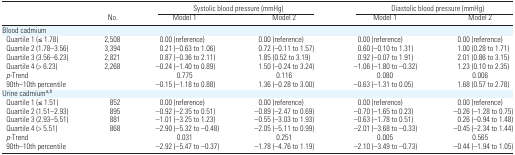
<table><thead><tr><td></td><td></td><td colspan="2"><b>Systolic blood pressure (mmHg)</b></td><td colspan="2"><b>Diastolic blood pressure (mmHg)</b></td></tr><tr><td></td><td><b>No.</b></td><td><b>Model 1</b></td><td><b>Model 2</b></td><td><b>Model 1</b></td><td><b>Model 2</b></td></tr></thead><tbody><tr><td colspan="6">Blood cadmium</td></tr><tr><td> Quartile 1 (≤ 1.78)</td><td>2,508</td><td>0.00 (reference)</td><td>0.00 (reference)</td><td>0.00 (reference)</td><td>0.00 (reference)</td></tr><tr><td> Quartile 2 (1.78–3.56)</td><td>3,394</td><td>0.21 (−0.63 to 1.06)</td><td>0.72 (−0.11 to 1.57)</td><td>0.60 (−0.10 to 1.31)</td><td>1.00 (0.28 to 1.71)</td></tr><tr><td> Quartile 3 (3.56–6.23)</td><td>2,821</td><td>0.87 (−0.36 to 2.11)</td><td>1.85 (0.52 to 3.19)</td><td>0.92 (−0.07 to 1.91)</td><td>2.01 (0.86 to 3.15)</td></tr><tr><td> Quartile 4 (&gt; 6.23)</td><td>2,268</td><td>−0.24 (−1.40 to 0.89)</td><td>1.50 (−0.24 to 3.24)</td><td>−1.06 (−1.80 to −0.32)</td><td>1.23 (0.10 to 2.35)</td></tr><tr><td> <i>p-</i>Trend</td><td></td><td>0.775</td><td>0.116</td><td>0.080</td><td>0.006</td></tr><tr><td> 90th–10th percentile</td><td></td><td>−0.15 (−1.18 to 0.88)</td><td>1.36 (−0.28 to 3.00)</td><td>−0.63 (−1.31 to 0.05)</td><td>1.68 (0.57 to 2.78)</td></tr><tr><td colspan="6">Urine cadmiuma,b</td></tr><tr><td> Quartile 1 (≤ 1.51)</td><td>852</td><td>0.00 (reference)</td><td>0.00 (reference)</td><td>0.00 (reference)</td><td>0.00 (reference)</td></tr><tr><td> Quartile 2 (1.51–2.93)</td><td>895</td><td>−0.92 (−2.35 to 0.51)</td><td>−0.89 (−2.47 to 0.69)</td><td>−0.70 (−1.65 to 0.23)</td><td>−0.26 (−1.28 to 0.75)</td></tr><tr><td> Quartile 3 (2.93–5.51)</td><td>881</td><td>−1.01 (−3.25 to 1.23)</td><td>−0.55 (−3.03 to 1.93)</td><td>−0.63 (−1.78 to 0.51)</td><td>0.26 (−0.94 to 1.48)</td></tr><tr><td> Quartile 4 (&gt; 5.51)</td><td>868</td><td>−2.90 (−5.32 to −0.48)</td><td>−2.05 (−5.11 to 0.99)</td><td>−2.01 (−3.68 to −0.33)</td><td>−0.45 (−2.34 to 1.44)</td></tr><tr><td> <i>p-</i>Trend</td><td></td><td>0.031</td><td>0.251</td><td>0.005</td><td>0.565</td></tr><tr><td> 90th–10th percentile</td><td></td><td>−2.92 (−5.47 to −0.37)</td><td>−1.78 (−4.76 to 1.19)</td><td>−2.10 (−3.49 to −0.73)</td><td>−0.44 (−1.94 to 1.05)</td></tr></tbody></table>